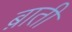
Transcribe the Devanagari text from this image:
ब़ाती